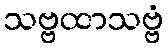
သဗ္ဗထာသဗ္ဗံ